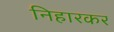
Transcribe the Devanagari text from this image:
निहारकर